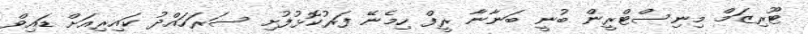
ޓޫރިޒަމް މިނިސްޓްރީން ބުނީ ބަނާނާ ރީފް ހިމެނޭ ފަރުކޮޅުފުށި ސަރަހައްދު ކައިރިއަށް ޑައިވް